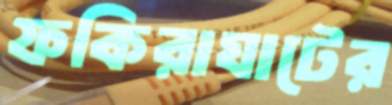
ফকিরাঘাটের